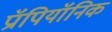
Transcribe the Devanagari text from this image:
प्रॉपियॉनिक